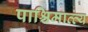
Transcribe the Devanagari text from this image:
पाश्चिमात्त्य